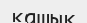
қашық